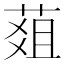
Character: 𦵔